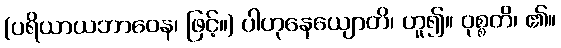
(ပရိယာယဘာဝေန၊ ဖြင့်။) ပါဟုနေယျောတိ၊ ဟူ၍။ ဝုစ္စတိ၊ ၏။